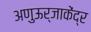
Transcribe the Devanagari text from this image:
अणुऊर्जाकेंद्र